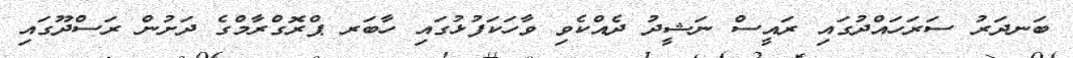
ބަނދަރު ސަރަހައްދުގައި ރައީސް ނަޝީދު ދެއްކެވި ވާހަކަފުޅުގައި ހާބަރ ޕްރޮގްރާމްގެ ދަށުން ރަސްދޫގައި